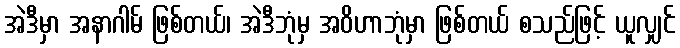
အဲဒီမှာ အနာဂါမ် ဖြစ်တယ်၊ အဲဒီဘုံမှ အဝိဟာဘုံမှာ ဖြစ်တယ် စသည်ဖြင့် ယူလျှင်